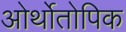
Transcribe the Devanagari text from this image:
ओर्थोतोपिक